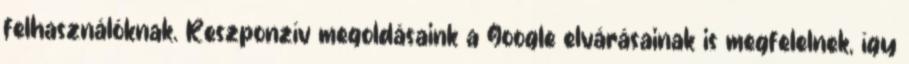
felhasználóknak. Reszponzív megoldásaink a Google elvárásainak is megfelelnek, így